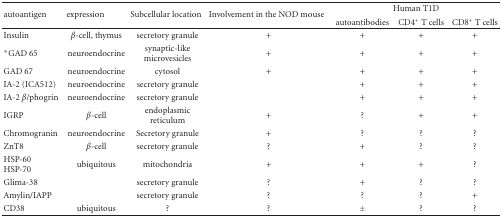
| <ROWSPAN=2> autoantigen | <ROWSPAN=2> expression | <ROWSPAN=2> Subcellular location | <ROWSPAN=2> Involvement in the NOD mouse | <COLSPAN=3> Human T1D |
 | autoantibodies | CD4+ T cells | CD8+ T cells |
 | --- | --- | --- | --- | --- | --- | --- |
 | Insulin | β-cell, thymus | secretory granule | + | + | + | + |
 | *GAD 65 | neuroendocrine | synaptic-like microvesicles | + | + | + | + |
 | GAD 67 | neuroendocrine | cytosol | + | + | + | + |
 | IA-2 (ICA512) | neuroendocrine | secretory granule |  | + | + | + |
 | IA-2 β/phogrin | neuroendocrine | secretory granule |  | + | + | + |
 | IGRP | β-cell | endoplasmic reticulum | + | ? | + | + |
 | Chromogranin | neuroendocrine | Secretory granule | + | ? | ? | ? |
 | ZnT8 | β-cell | secretory granule | ? | + | ? | ? |
 | HSP-60HSP-70 | ubiquitous | mitochondria | + | + | + | ? |
 | Glima-38 |  | secretory granule | ? | + | ? | ? |
 | Amylin/IAPP |  | secretory granule | ? | ? | ? | + |
 | CD38 | ubiquitous | ? | ? | ± | ? | ? |